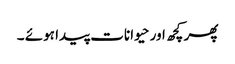
پھر کچھ اور حیوانات پیدا ہوئے ۔